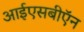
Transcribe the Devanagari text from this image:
आईएसबीऍन